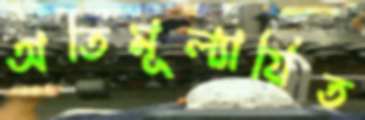
অতিমূল্যায়িত